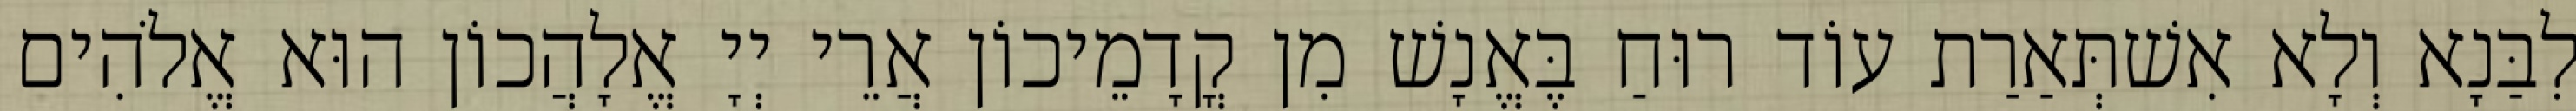
לִבַּנָא וְלָא אִשׁתְּאַרַת עוֹד רוּחַ בֶּאֱנָשׁ מִן קֳדָמֵיכוֹן אֲרֵי יְיָ אֱלָהֲכוֹן הוּא אֱלֹהִים